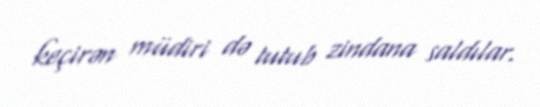
keçirən müdiri də tutub zindana saldılar.